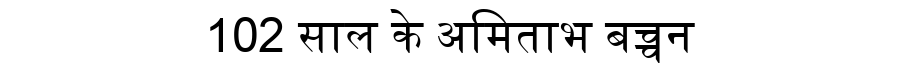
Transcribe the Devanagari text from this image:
102 साल के अमिताभ बच्चन